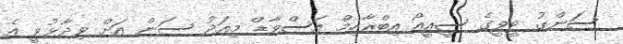
ސަންގު ޓީވީގެ ސީއީއޯ އިބްރާހިމް އަސްވާޑް މިއަދު ސަން އަށް ވިދާޅުވީ އެ